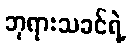
ဘုရားသခင်ရဲ့